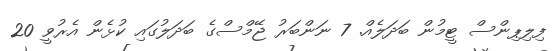
ފިލިޕިންސް ޓީމުން ބަދަލެއް. 7 ނަންބަރު ޖޭމްސްގެ ބަދަލުގައި ކުޅެން އެރުވީ 20